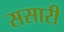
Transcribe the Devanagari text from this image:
ससारी